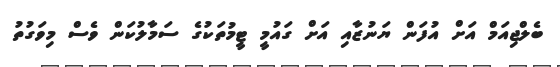
ބެލްޖިއަމް އަށް އުފަން ޔަނުޒާއި އަށް ގައުމީ ޓީމުތަކުގެ ސަމާލުކަން ވެސް މިވަގުތު